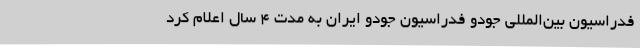
فدراسیون بین‌المللی جودو فدراسیون جودو ایران به مدت 4 سال اعلام کرد